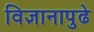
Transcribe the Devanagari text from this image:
विज्ञानापुढे